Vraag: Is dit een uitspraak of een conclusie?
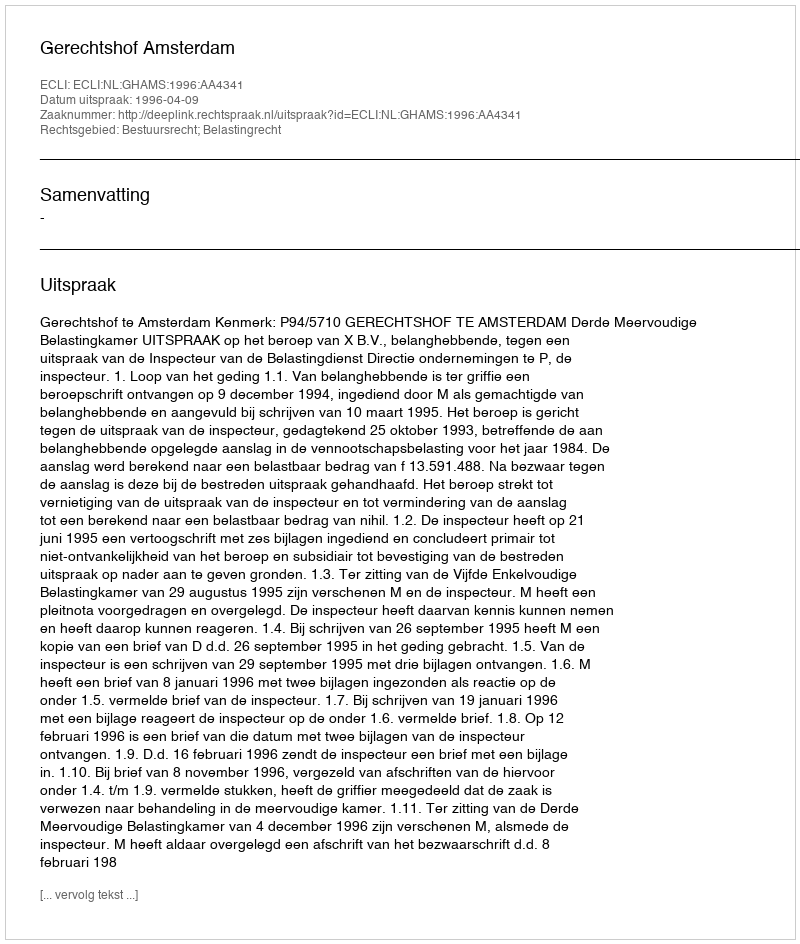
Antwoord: Uitspraak